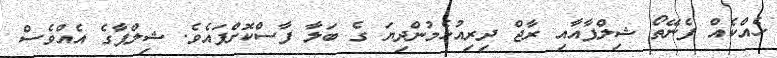
ހެއްކެއް ފެނޭތޯ ޝިލްޕާއާއި ރާޖް ދިރިއުޅެމުންދިޔަ ގެ ބަލާ ފާސްކޮށްފައެވެ. ޝިލްޕާގެ އެއްވެސް